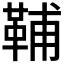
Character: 𩊬